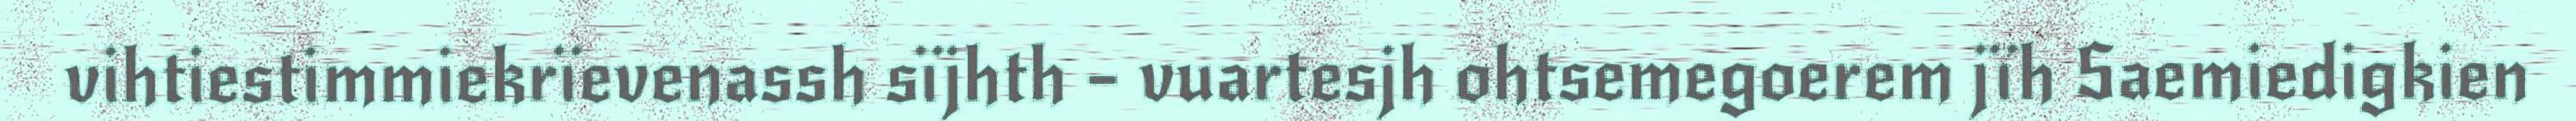
vihtiestimmiekrïevenassh sïjhth – vuartesjh ohtsemegoerem jïh Saemiedigkien